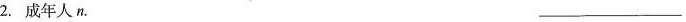
2.成年人n.___